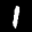
Label: 1